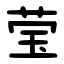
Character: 莹